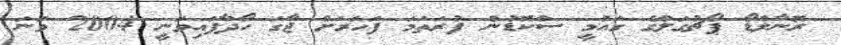
ރޮނާލްޑޯ ޕޯޗުގަލްގެ ގައުމީ ސްކޮޑުން ފުރަތަމަ ފަހަރަށް ޖާގަ ހޯދާފައިވަނީ 2004 ވަނަ